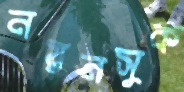
নয়নসুক